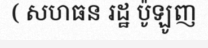
( សហធន រដ្ឋ ប៉ូឡូញ